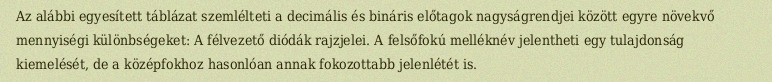
Az alábbi egyesített táblázat szemlélteti a decimális és bináris előtagok nagyságrendjei között egyre növekvő mennyiségi különbségeket: A félvezető diódák rajzjelei. A felsőfokú melléknév jelentheti egy tulajdonság kiemelését, de a középfokhoz hasonlóan annak fokozottabb jelenlétét is.